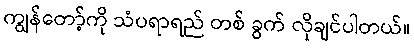
ကျွန်တော့်ကို သံပရာရည် တစ် ခွက် လိုချင်ပါတယ်။